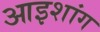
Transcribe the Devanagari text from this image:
आइशांग